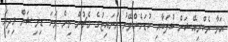
އަވާ ރެކްރިއޭޝަން ކުލަބާއި ކުޑަހެންވޭރު ޔުނައިޓުގެ މެޗުން ތިން ވަނަ ޑިވިޝަން މިދިޔަ